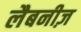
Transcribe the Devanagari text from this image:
लैबनीज़